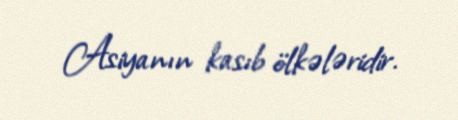
Asiyanın kasıb ölkələridir.